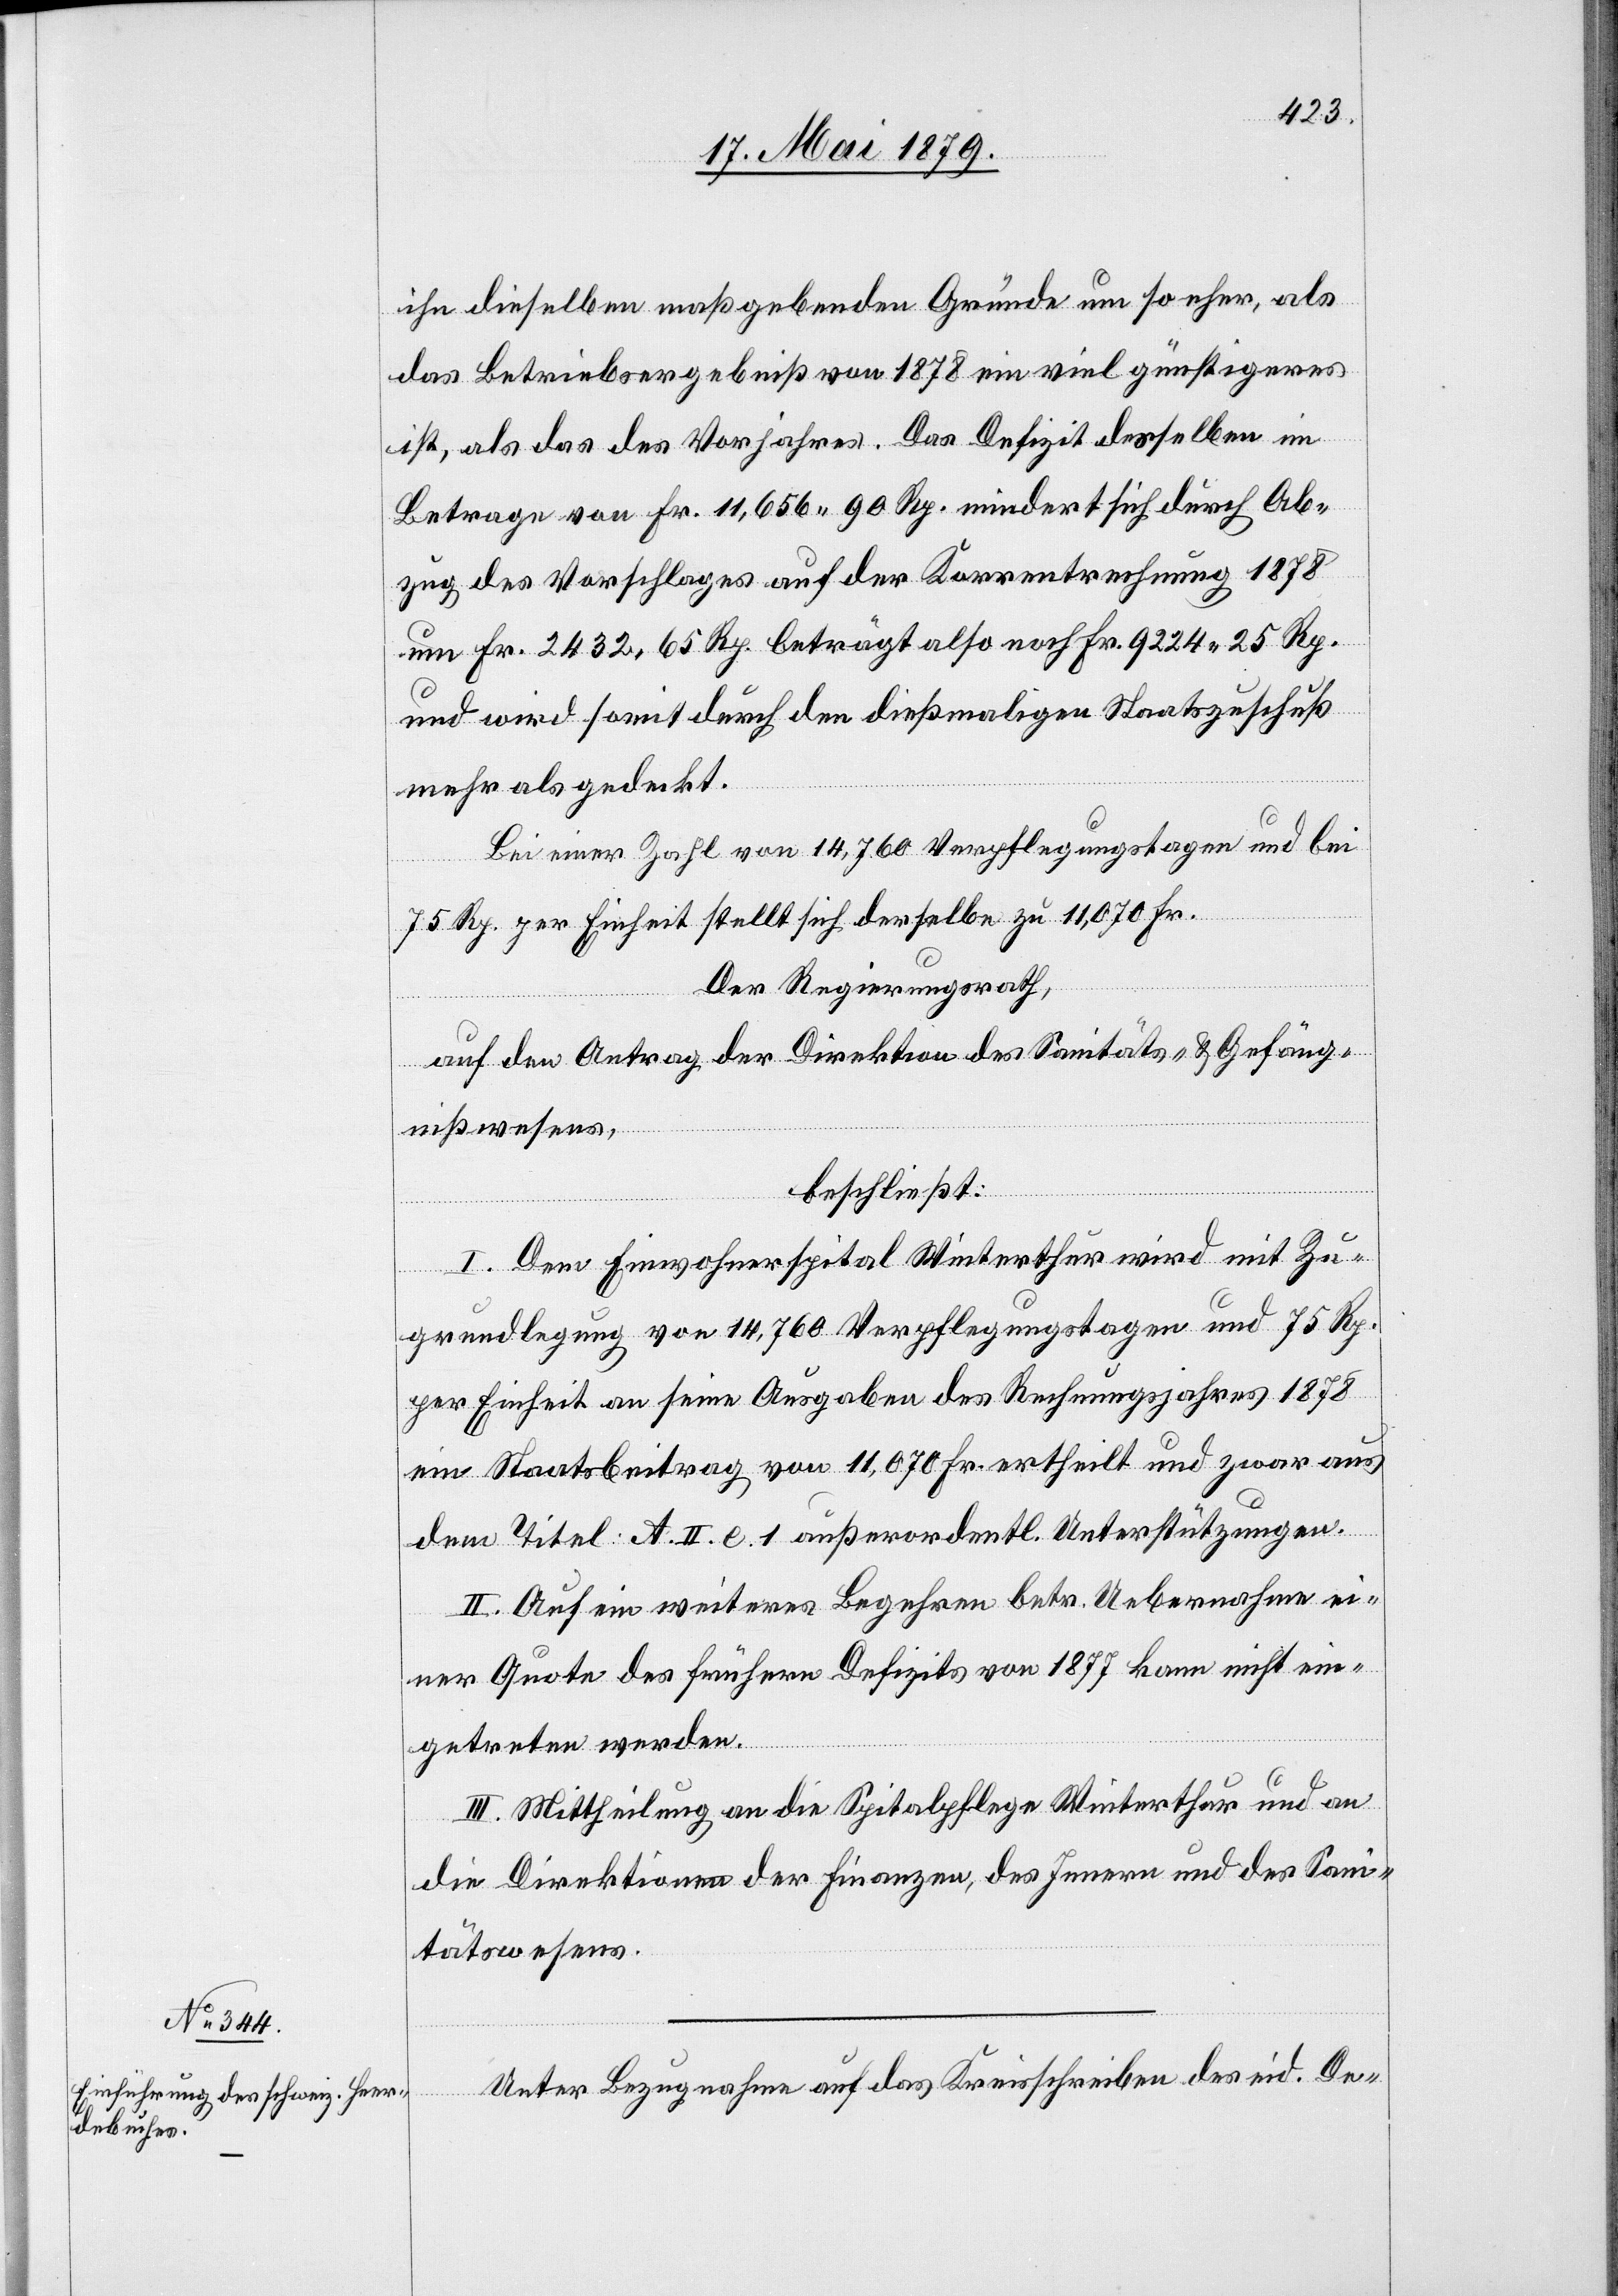
ihn dieselben maßgebenden Gründe um so eher, als
das Betriebsergebniß von 1878 ein viel günstigeres
ist, als das des Vorjahres. Das Defizit desselben im
Betrage von Fr. 11,656 90 Rp. mindert sich durch Ab¬
zug des Vorschlages auf der Korrentrechnung 1878
um Fr. 2432,65 Rp. beträgt also noch Fr. 9224 25 Rp.
und wird somit durch den dießmaligen Staatszuschuß
mehr als gedeckt.
Bei einer Zahl von 14,760 Verpflegungstagen und bei
75 Rp. per Einheit stellt sich derselbe zu 11,070 Fr.
Der Regierungsrath,
auf den Antrag der Direktion des Sanitäts- & Gefäng¬
nißwesens,
beschließt:
I. Dem Einwohnerspital Winterthur wird mit Zu¬
grundlegung von 14,760 Verpflegungstagen und 75 Rp.
per Einheit an seine Ausgaben des Rechnungsjahres 1878
ein Staatsbeitrag von 11,070 Fr. ertheilt und zwar aus
dem Titel A. II. e. 1 außerordentl. Unterstützungen.
II. Auf ein weiteres Begehren betr. Uebernahme ei¬
ner Quote des frühern Defizits von 1877 kann nicht ein¬
getreten werden.
III. Mittheilung an die Spitalpflege Winterthur und an
die Direktionen der Finanzen, des Innern und des Sani¬
tätswesens.
Unter Bezugnahme auf das Kreisschreiben des eid. De-